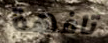
تافهة